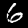
Label: 6